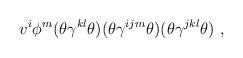
LaTeX: \begin{align*}v^i \phi^m(\theta \gamma^{kl} \theta ) (\theta \gamma^{ijm} \theta )(\theta \gamma^{jkl} \theta ) ~ ,\end{align*}